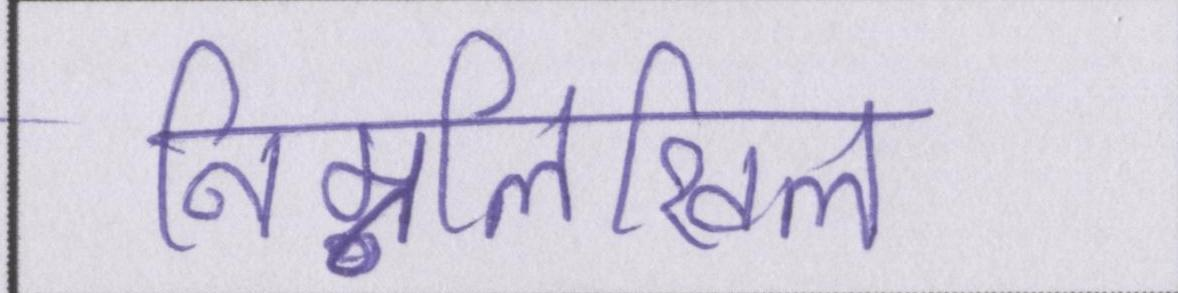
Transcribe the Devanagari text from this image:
निम्नलिखिल